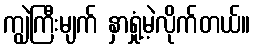
ကျွဲကြီးမျက် နှာရှုံ့မဲ့လိုက်တယ်။